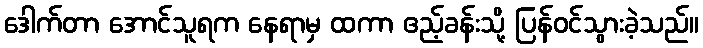
ဒေါက်တာ အောင်သူရက နေရာမှ ထကာ ဧည့်ခန်းသို့ ပြန်ဝင်သွားခဲ့သည်။